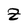
Character: Z